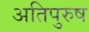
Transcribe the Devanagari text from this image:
अतिपुरुष